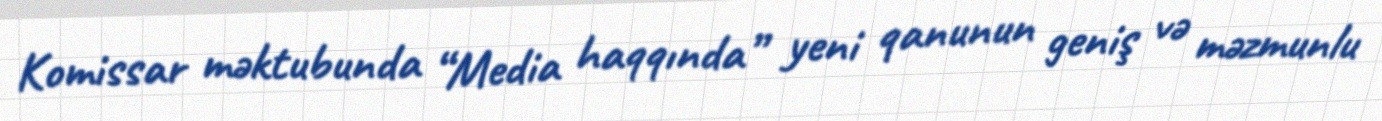
Komissar məktubunda “Media haqqında” yeni qanunun geniş və məzmunlu